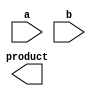
module dadda_multiplier(
    input [7:0] a,
    input [7:0] b,
    output reg [15:0] product
);

wire [15:0] partial_products [7:0];
wire [15:0] reduced_products [6:0];
wire [15:0] final_product;

// Partial Product Generation
genvar i, j;
generate
    for (i = 0; i < 8; i = i + 1) begin : gen_partial_products
        assign partial_products[i] = a * (b[i]);
    end
endgenerate

// Partial Product Reduction
genvar k;
generate
    for (j = 0; j < 7; j = j + 1) begin : gen_reduced_products
        assign reduced_products[j] = partial_products[j] + (partial_products[j+1] << 1);
    end
endgenerate

// Final Product Calculation using Dadda Tree Structure
genvar l;
generate
    for (k = 0; k < 6; k = k + 1) begin : gen_final_product
        assign final_product = reduced_products[k] + (reduced_products[k+1] << 2) + (reduced_products[k+2] << 4);
    end
endgenerate

always @* begin
    product = final_product;
end

endmodule